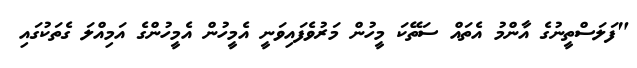
"ފަލަސްތީނުގެ އާންމު އެތައް ސަތޭކަ މީހުން މަރުވެފައިވަނީ އެމީހުން އެމީހުންގެ އަމިއްލަ ގެތަކުގައި